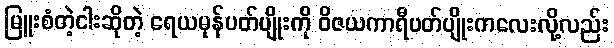
မြူးစံတဲ့ငါးဆိုတဲ့ ရေယမုန်ပတ်ပျိုးကို ဝိဇယကာရီပတ်ပျိုးကလေးလို့လည်း